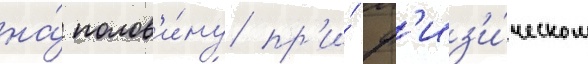
на́ полов'и́ну пр'и́ ф'из'и́ческом